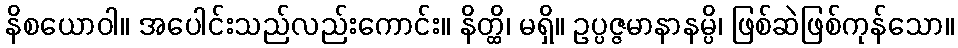
နိစယောဝါ။ အပေါင်းသည်လည်းကောင်း။ နိတ္ထိ၊ မရှိ။ ဥပ္ပဇ္ဇမာနာနမ္ပိ၊ ဖြစ်ဆဲဖြစ်ကုန်သော။